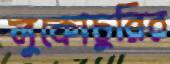
লুকোচুরির